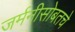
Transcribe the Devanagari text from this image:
जर्मनीसोबतचे